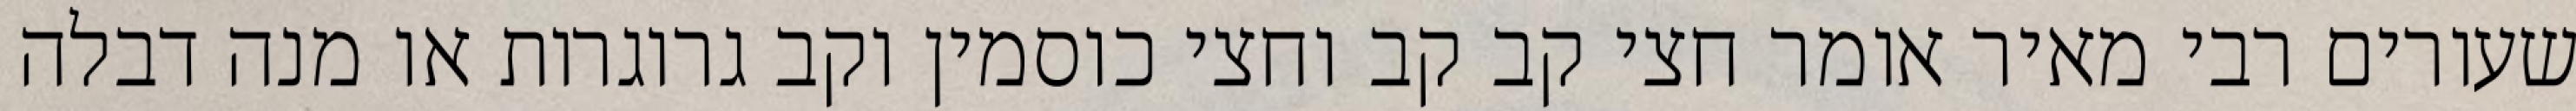
שעורים רבי מאיר אומר חצי קב קב וחצי כוסמין וקב גרוגרות או מנה דבלה